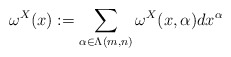
\begin{align*} \omega^X(x):=\sum_{\alpha\in \Lambda(m,n)} \omega^X(x,\alpha)dx^\alpha \end{align*}